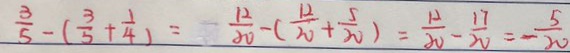
\frac { 3 } { 5 } - ( \frac { 3 } { 5 } + \frac { 1 } { 4 } ) = - \frac { 1 2 } { 8 0 } - ( \frac { 1 2 } { 2 0 } + \frac { 5 } { 2 0 } ) = \frac { 1 2 } { 2 0 } - \frac { 1 7 } { 2 0 } = - \frac { 5 } { 2 0 }